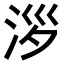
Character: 𣴖